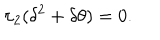
LaTeX: \pi _ { 2 } ( \delta ^ { 2 } + \delta \theta ) = 0 .